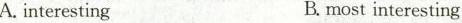
A. interesting B.most interesting